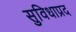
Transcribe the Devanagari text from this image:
सुविधाप्रद